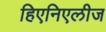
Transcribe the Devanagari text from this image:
हिएनिएलीज